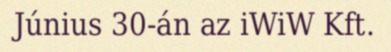
Június 30-án az iWiW Kft.